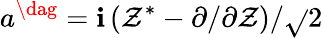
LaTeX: a^{\dag}={\mathbf{i}}\left(\mathcal{{Z}}^{*}-{\partial}/{\partial\mathcal{{Z}}}\right)/{\sqrt{}{{2}}}